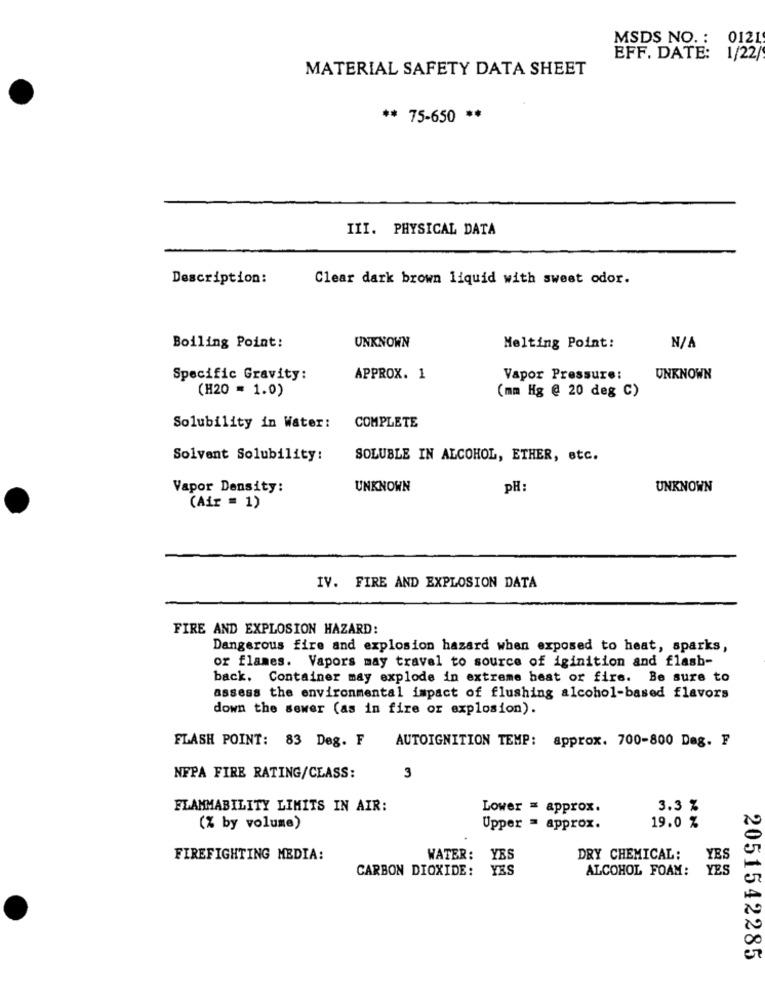
MSDS NO. :
0121
EFF. DATE: 1/22/
MATERIAL SAFETY DATA SHEET
** 75-650 **
III. PHYSICAL DATA
Description:
Clear dark brown liquid with sweet odor.
UNKNOWN
Boiling Point:
Melting Point:
Specific Gravity:
APPROX. 1
Vapor Pressure:
UNKNOWN
(H20 = 1.0)
(mm Hg @ 20 deg C)
Solubility in Water:
COMPLETE
Solvent Solubility:
SOLUBLE IN ALCOHOL, ETHER, etc.
Vapor Density:
UNKNOWN
pH:
UNKNOWN
(Air = 1)
IV. FIRE AND EXPLOSION DATA
FIRE AND EXPLOSION HAZARD:
Dangerous fire and explosion hazard when exposed to heat, sparks,
or flames. Vapors may travel to source of iginition and flash-
back. Container may explode in extreme heat or fire. Be sure to
assess the environmental impact of flushing alcohol-based flavors
down the sewer (as in fire or explosion).
FLASH POINT: 83 Deg. F
AUTOIGNITION TEMP: approx. 700-800 Dag. F
NFPA FIRE RATING/CLASS:
3
FLAMMABILITY LIMITS IN AIR:
Lower = approx.
3.3 %
(% by volume)
Upper = approx.
19.0 %
FIREFIGHTING MEDIA:
WATER: YES
DRY CHEMICAL:
YES
CARBON DIOXIDE: YES
ALCOHOL FOAM:
YES
2051542285